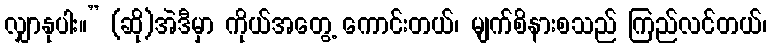
လျှာနုပါး။” (ဆို)အဲဒီမှာ ကိုယ်အတွေ့ ကောင်းတယ်၊ မျက်စိနားစသည် ကြည်လင်တယ်၊